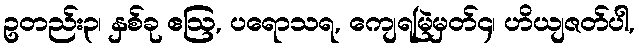
ဥတည်း၃၊ နှစ်ခု ဧဩ, ပရောသရ, ကျေရမြဲမှတ်၄၊ ဟိယျဇတ်ပါ,